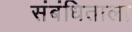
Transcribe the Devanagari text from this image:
संबंधिताला